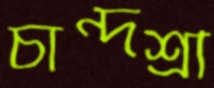
চান্দশ্রী